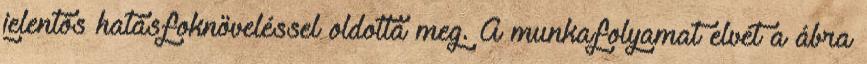
jelentős hatásfoknöveléssel oldotta meg. A munkafolyamat elvét a ábra